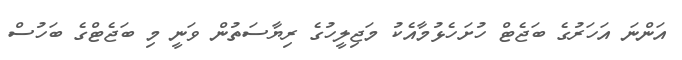
އަންނަ އަހަރުގެ ބަޖެޓް ހުށަހެޅުމާއެކު މަޖިލީހުގެ ރިޔާސަތުން ވަނީ މި ބަޖެޓްގެ ބަހުސް